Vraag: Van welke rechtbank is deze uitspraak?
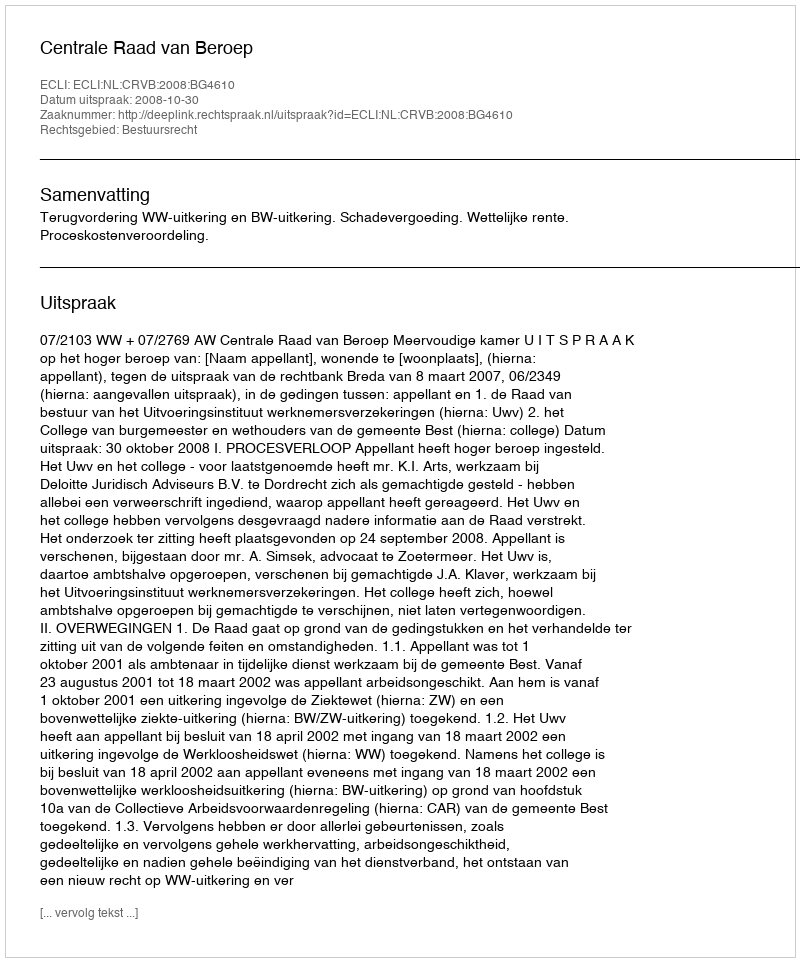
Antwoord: Centrale Raad van Beroep